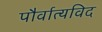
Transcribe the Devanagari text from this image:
पौर्वात्यविद